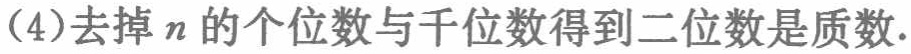
(4)去掉\(n\)的个位数与千位数得到二位数是质数.